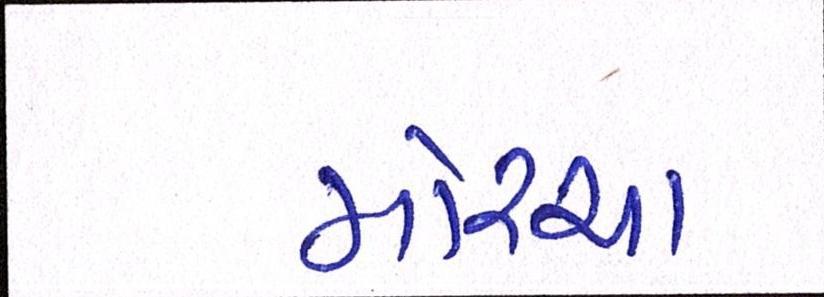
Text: મોરચા